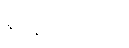
နစ်နာမှုများကို